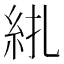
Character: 𥾱